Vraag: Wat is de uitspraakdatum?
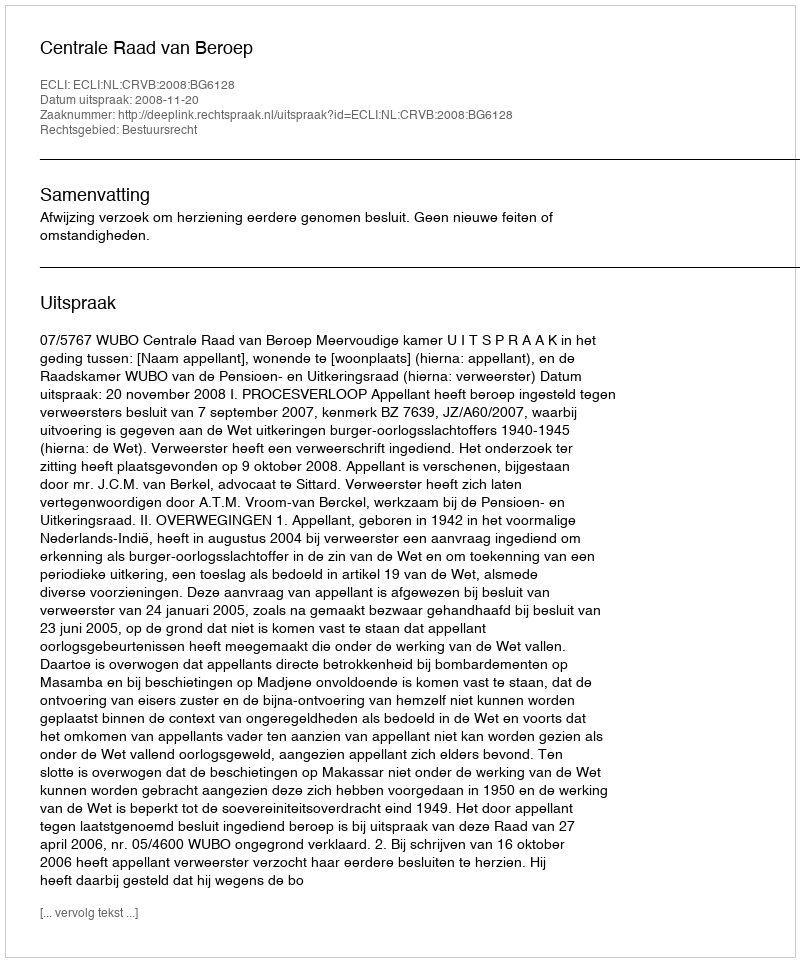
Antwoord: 2008-11-20